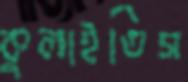
কুলাইতিস